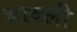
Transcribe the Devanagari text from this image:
भाक्ली